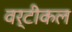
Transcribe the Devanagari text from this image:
वर्टीकल